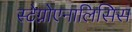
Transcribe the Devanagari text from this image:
स्टेग्नोएनालिसिस